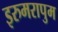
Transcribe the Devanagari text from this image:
इरुमरापुम